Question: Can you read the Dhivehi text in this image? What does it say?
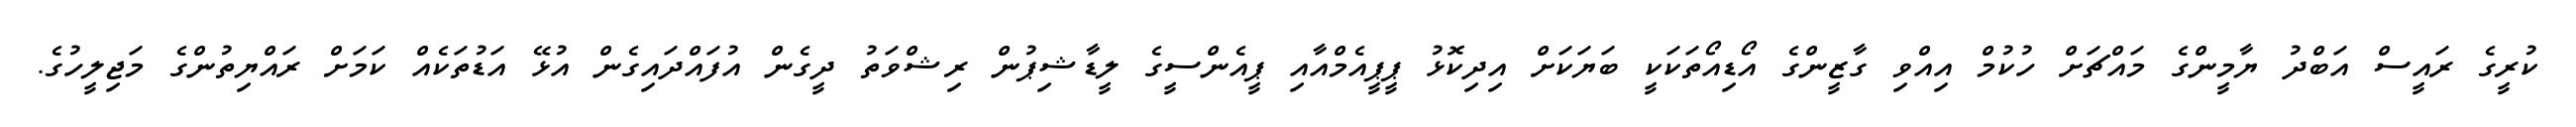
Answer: ކުރީގެ ރައީސް އަބްދު ޔާމީންގެ މައްޗަށް ހުކުމް އިއްވި ގާޒީންގެ އޯޑިއޯތަކަކީ ބަޔަކަށް އިދިކޮޅު ޕީޕީއެމްއާއި ޕީއެންސީގެ ލީޑާޝިޕުން ރިޝްވަތު ދީގެން އުފައްދައިގެން އުޅޭ އަޑުތަކެއް ކަމަށް ރައްޔިތުންގެ މަޖިލީހުގެ.